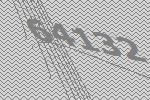
64132